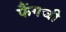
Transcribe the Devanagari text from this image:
फैंगची